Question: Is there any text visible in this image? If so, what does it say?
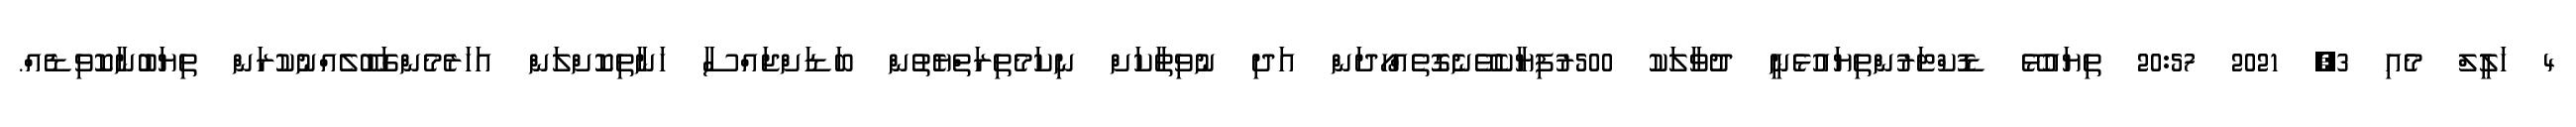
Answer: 4 ހަލީލް މެއި 3, 2021 20:57 ތިޔައުޅޭ ޑޮކްޓަރުންތިޔައުޅެނީ ދުވާލަކު 500ރުފިޔާކެވޭނެގޮތެއްހޯދަން އަދި ނުވިތާކަށް ނިކަމެތިރަތްޔެތުން ބަޑަށްޖައްސާ ހަނާތިކޮށްލަން އަހަރެމެންގަބޫލެއްނުކުރަން ތިޔަބުނާކޮވިޑެއް.